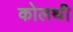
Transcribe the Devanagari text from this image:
कोलथी